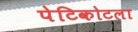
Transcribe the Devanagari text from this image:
पेटिकोटला